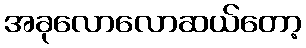
အခုလောလောဆယ်တော့